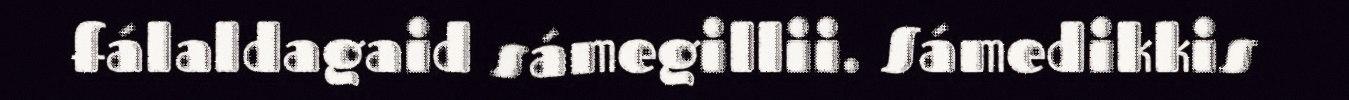
fálaldagaid sámegillii. Sámedikkis